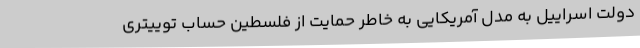
دولت اسراییل به مدل آمریکایی به خاطر حمایت از فلسطین حساب توییتری